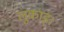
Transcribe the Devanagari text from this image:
लुकाइ।